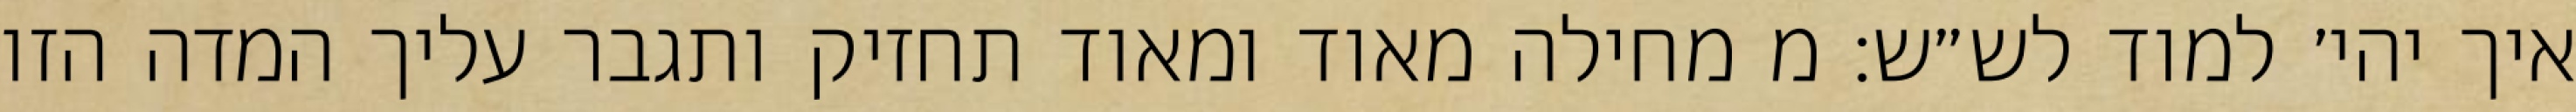
איך יהי׳ למוד לש״ש: מ מחילה מאוד ומאוד תחזיק ותגבר עליך המדה הזו